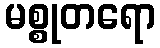
မစ္စုတရော